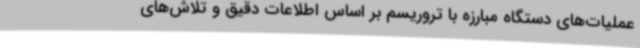
عملیات‌های دستگاه مبارزه با تروریسم بر اساس اطلاعات دقیق و تلاش‌های